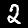
Label: 2